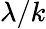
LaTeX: \lambda/k